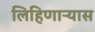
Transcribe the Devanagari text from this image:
लिहिणाऱ्यास